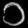
Digit: ၁